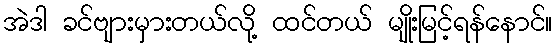
အဲဒါ ခင်ဗျားမှားတယ်လို့ ထင်တယ် မျိုးမြင့်ရန်နောင်။